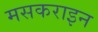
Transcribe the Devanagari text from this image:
मसकराइन